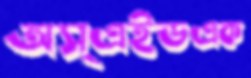
অস্এইডএক